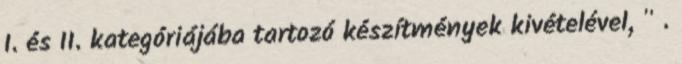
I. és II. kategóriájába tartozó készítmények kivételével, " .